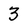
Character: 3